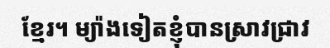
ខ្មែរ។ ម្យ៉ាងទៀតខ្ញុំបានស្រាវជ្រាវ